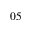
0 5